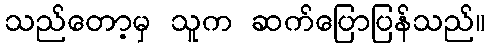
သည်တော့မှ သူက ဆက်ပြောပြန်သည်။